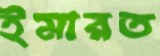
ইমারত